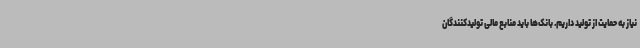
نیاز به حمایت از تولید داریم. بانک‌ها باید منابع مالی تولیدکنندگان